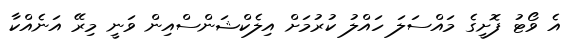
އެ ވޯޓު ފޮށީގެ މައްސަލަ ހައްލު ކުރުމަށް އިލެކްޝަންސްއިން ވަނީ މިރޭ އަނެއްކާ